King Institute of Preventive Medicine Micro-Biological Section reports 1912-19
Year: 1912
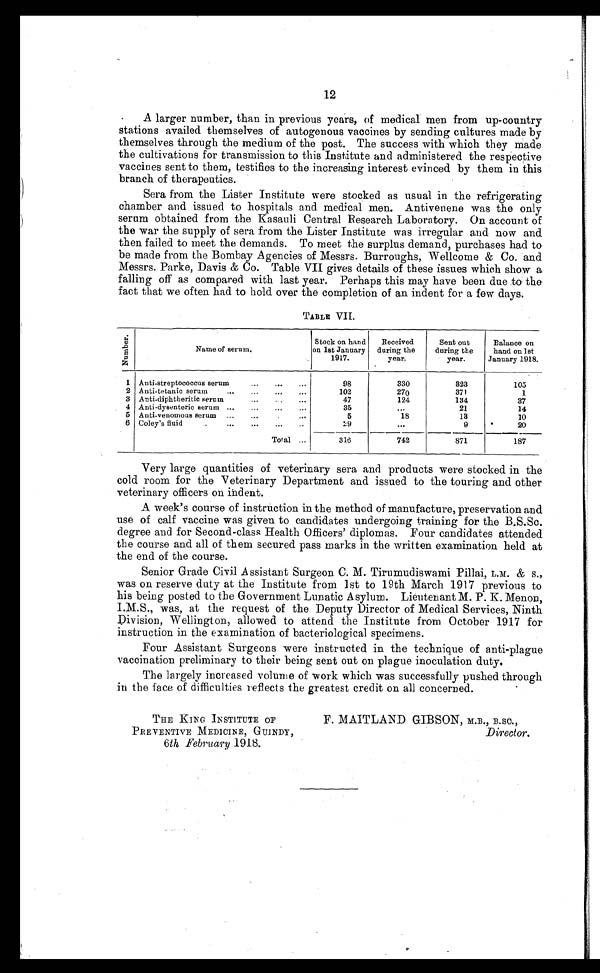
12
A larger number, than in previous years, of medical men from up-country
stations availed themselves of autogenous vaccines by sending cultures made by
themselves through the medium of the post. The success with which they made
the cultivations for transmission to this Institute and administered the respective
vaccines sent to them, testifies to the increasing interest evinced by them in this
branch of therapeutics.
Sera from the Lister Institute were stocked as usual in the refrigerating
chamber and issued to hospitals and medical men. Antivenene was the only
serum obtained from the Kasauli Central Research. Laboratory. On account of
the war the supply of sera from the Lister Institute was irregular and now and
then failed to meet the demands. To meet the surplus demand, purchases had to
be made from the Bombay Agencies of Messrs. Burroughs, Wellcome & Co. and
Messrs. Parke, Davis & Co. Table VII gives details of these issues which show a.
falling off as compared with last year. Perhaps this may have been due to the
fact that we often had to hold over the completion of an indent for a few days.
TABLE VII.
N u m b e r .
Name of serum.
Stock on hand
on 1st January
1917.
Received
during the
year.
Sent out
during the
year.
Balance on
hand on 1st
January 1918.
1 Anti-streptococcus serum . . .
98
330
323
105
2 Anti-tetanic serum . . .
102
270
371
1
3 Anti-diphtheritic serum . . .
47
124
134
37
4 Anti-dysenteric serum . . .
3
. . . 21
14
5 Anti-venomous serum . . .
5
18
13
10
6 Coley's fluid . . .
29
. . .
9
20
Total . . .
316
742
871
187
Very large quantities of veterinary sera and products were stocked in the
cold room for the Veterinary Department and issued to the touring and other
veterinary officers on indent.
A week's course of instruction in the method of manufacture, preservation and
use of calf vaccine was given to candidates undergoing training for the B.S.Sc.
degree and for Second-class Health Officers' diplomas. Four candidates attended
the course and all of them secured pass marks in the written examination held at
the end of the course.
Senior Grade Civil Assistant Surgeon C. M. Tirumudiswami Pillai, L.M. & s.,
was on reserve duty at the Institute from 1st to 19th March 1917 previous to
his being posted to the Government Lunatic Asylum. Lieutenant M. P. K. Menon,
I.M.S., was, at the request of the Deputy Director of Medical Services, Ninth
Division, Wellington, allowed to attend the Institute from October 1917 for
instruction in the examination of bacteriological specimens.
Four Assistant Surgeons were instructed in the technique of anti-plague
vaccination preliminary to their being sent out on plague inoculation duty.
The largely increased volume of work which was successfully pushed through
in the face of difficulties reflects the greatest credit on all concerned.
THE KING INSTITUTE OF
PREVENTIVE MEDICINE, GUINDY,
6 th February 1918.
F. MAITLAND GIBSON, M.B., B.SC.,
Director.